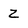
Character: Z